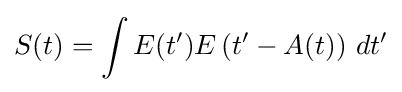
S(t)=\int E(t')E\left(t'-A(t)\right)\,dt'